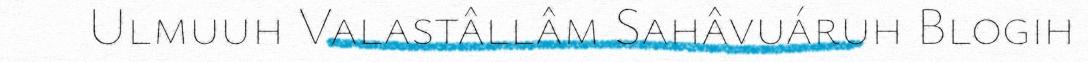
Ulmuuh Valastâllâm Sahâvuáruh Blogih